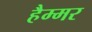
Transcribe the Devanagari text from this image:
हैम्मर